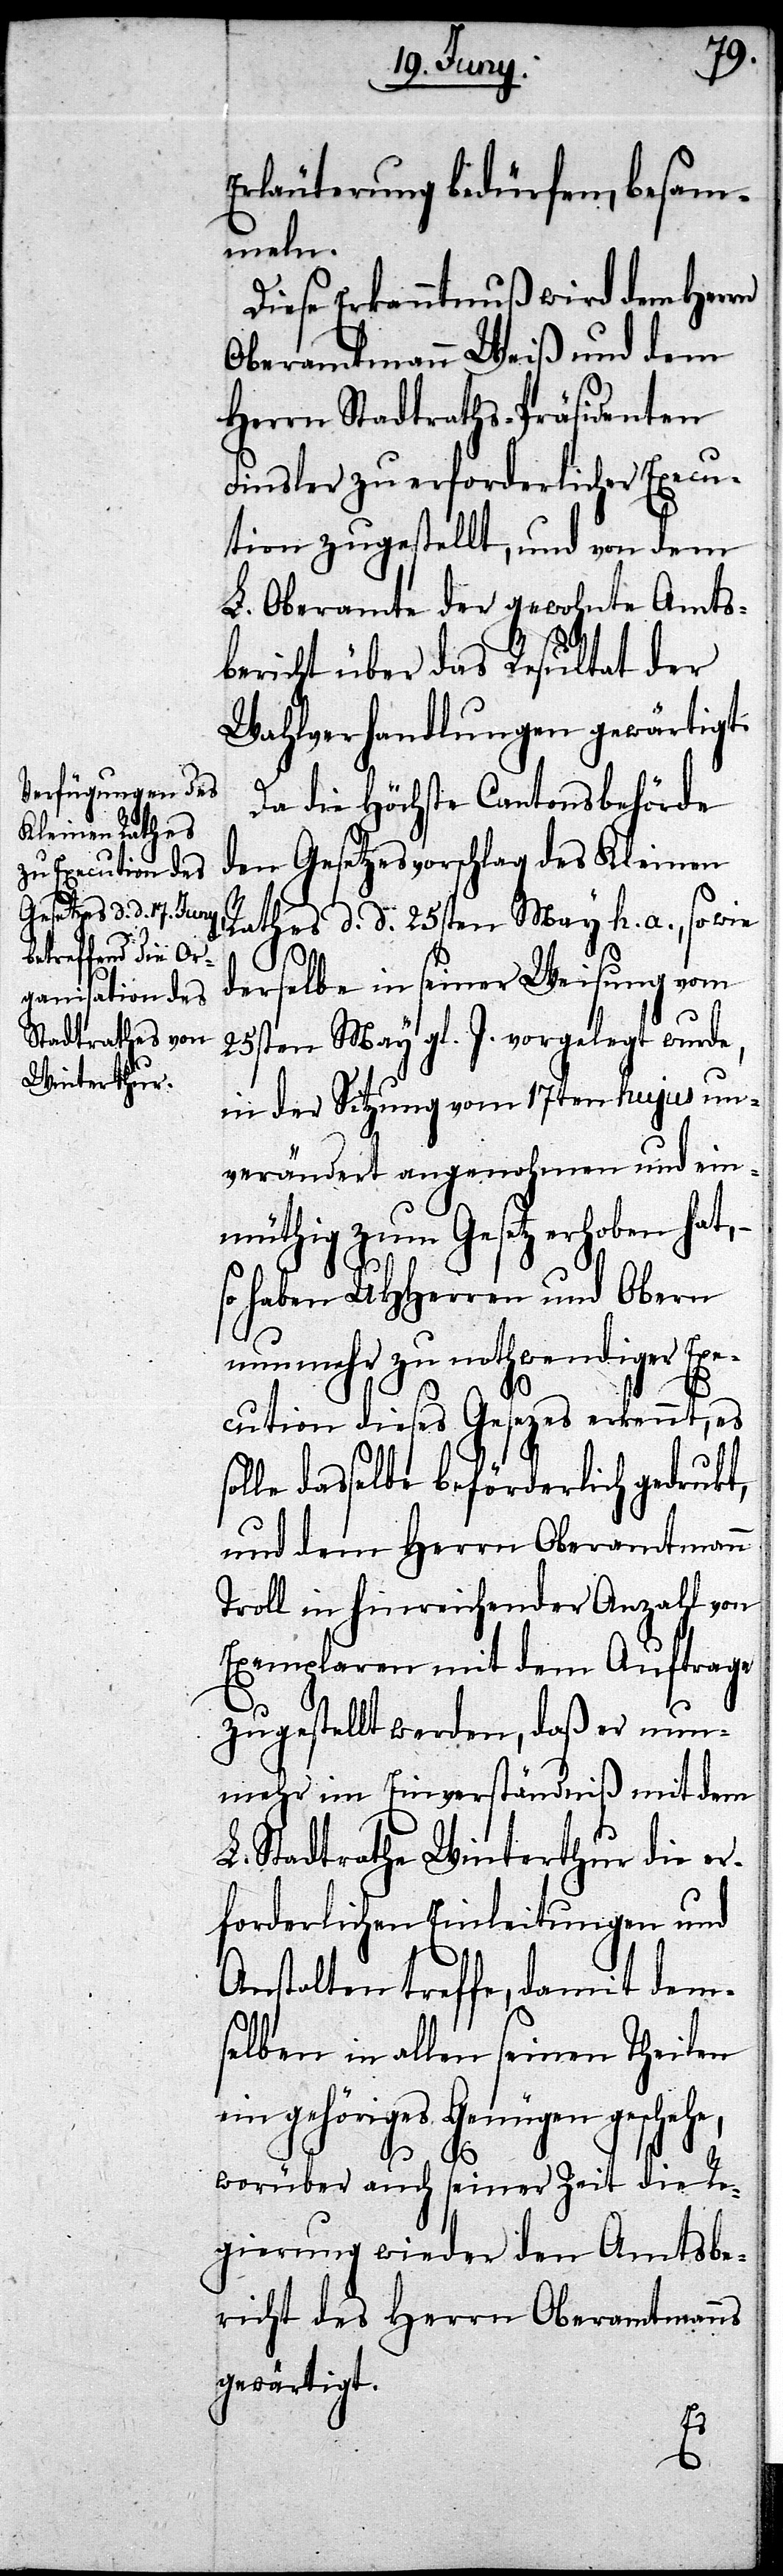
Erläuterung bedürfen, besam¬
meln.
Diese Erkanntnuß wird dem Herrn
Oberamtmann Weiß und dem
Herrn Stadtraths-Präsidenten
Finsler zu erforderlicher Execu¬
tion zugestellt, und von dem
L. Oberamte der gewohnte Amts¬
bericht über das Resultat der
Wahlverhandlungen gewärtigt.
Da die Höchste Cantonsbehörde
den Gesetzesvorschlag des Kleinen
Rathes d. d. 25sten May h. a., sowie
derselbe in seiner Weisung vom
25sten May gl. J. vorgelegt wurde,
in der Sitzung vom 17ten hujus un¬
verändert angenohmen und ein¬
müthig zum Gesetz erhoben hat, –
so haben UHHerren und Obern
nun mehr zu nothwendiger Exe¬
cution dieses Gesezes erkennt, es
lle dasselbe beförderlich gedrukt,
und dem Herrn Oberamtmann
Troll in hinreichender Anzahl von
Exemplaren mit dem Auftrage
zugestellt werden, daß er nun¬
mehr im Einverständniß mit dem
L. Stadtrathe Winterthur die er¬
forderlichen Einleitungen und
Anstalten treffe, damit dem¬
selben in allen seinen Theilen
ein gehöriges Genügen geschehe,
so¬
worüber auch seiner Zeit die Re¬
gierung wieder den Amtsbe¬
richt des Herrn Oberamtmanns
gewärtigt.